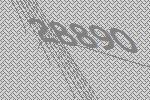
28890